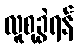
လူစုခွဲရန်